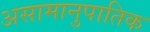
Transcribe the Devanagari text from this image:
असामानुपातिक